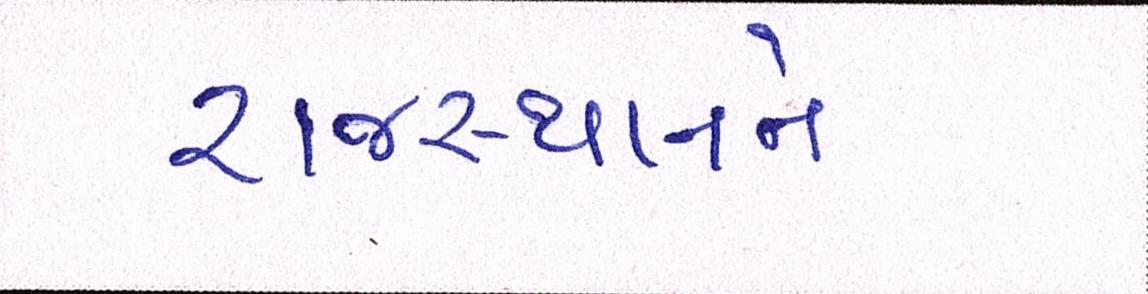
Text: રાજસ્થાનને